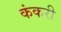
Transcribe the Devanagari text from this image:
कंकरी